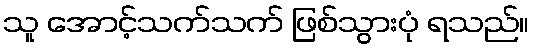
သူ အောင့်သက်သက် ဖြစ်သွားပုံ ရသည်။